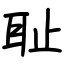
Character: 耻